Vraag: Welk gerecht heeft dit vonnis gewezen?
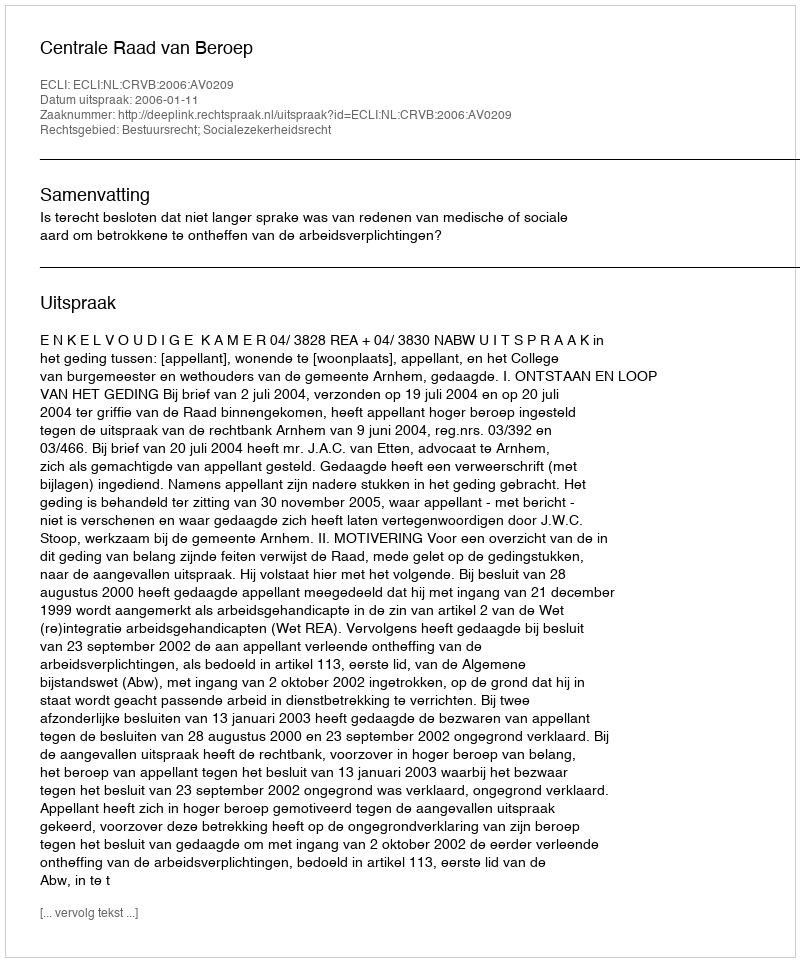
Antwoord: Centrale Raad van Beroep